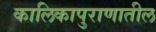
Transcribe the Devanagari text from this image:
कालिकापुराणातील